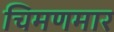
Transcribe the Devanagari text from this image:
चिमणमार